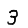
Digit: 3